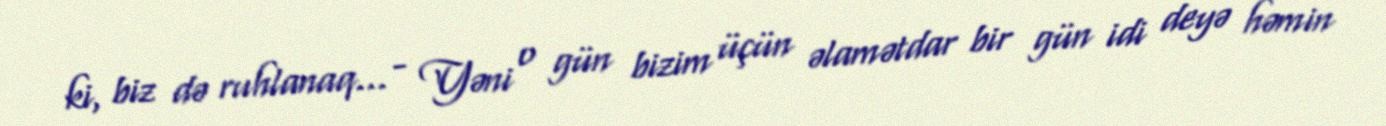
ki, biz də ruhlanaq... - Yəni o gün bizim üçün əlamətdar bir gün idi deyə həmin